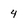
Character: 4